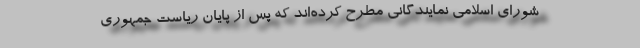
شورای اسلامی نمایندگانی مطرح کرده‌اند که پس از پایان ریاست جمهوری